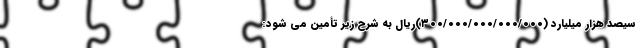
سیصد هزار میلیارد (۳۰۰/۰۰۰/۰۰۰/۰۰۰/۰۰۰)ریال به شرح زیر تأمین می شود: